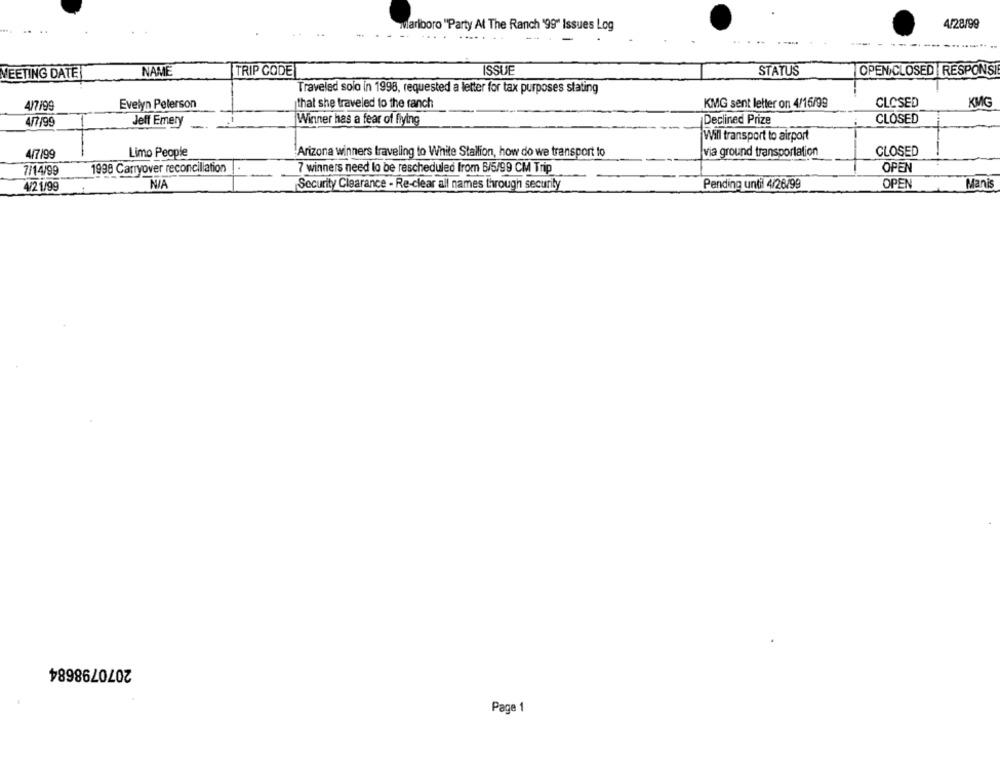
4/28/99
Marlboro "Party At The Ranch '99" Issues Log
MEETING DATE
NAME
TRIP CODE
ISSUE
STATUS
OPEN CLOSED RESPONSI
Traveled solo in 1998, requested a letter for tax purposes stating
4/7199
Evelyn Peterson
that she traveled to the ranch
KMG sent letter on 4/16/99
CLOSED
KMG
Jeff Emery
Winner has a fear of flying
Declined Prize
CLOSED
4/7/99
Will transport to airport
Arizona winners traveling to White Stallion, how do we transport to
via ground transportation
CLOSED
-
4/7/99
Limo People
7/14/99
1998 Carryover reconciliation
7 winners need to be rescheduled from 6/5/99 CM Trip
OPEN
4/2 1/99
Security Clearance - Re-clear all names through security
Pending until 4/26/99
OPEN
Manis
2070798684
Page 1